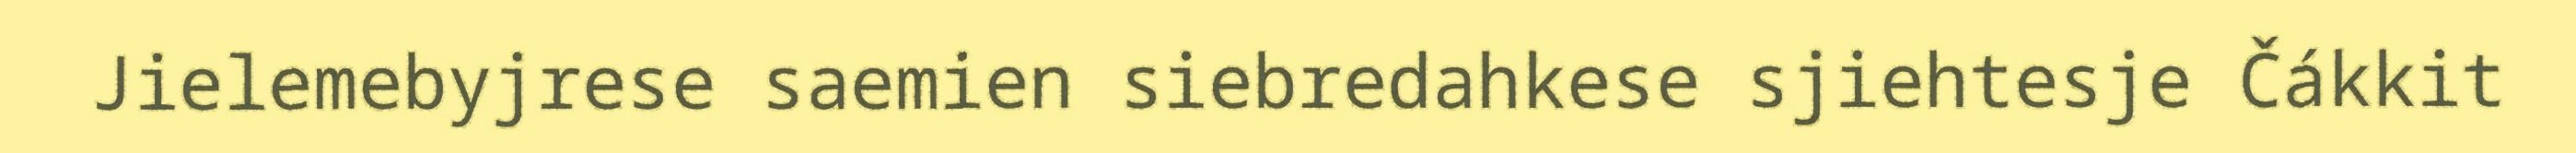
Jielemebyjrese saemien siebredahkese sjiehtesje Čákkit